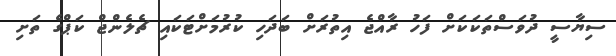
ސިޔާސީ ދުވަސްތަކަކަށް ފަހު ރާއްޖެ އިތުރަށް ބަދަހި ކުރުމަށްޓަކައި ޗެލެންޖް ކަޕްގެ ތަށި